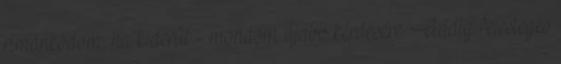
rimánkodom, ha kiderül - mondom újabb kérdésére. Addig felesleges